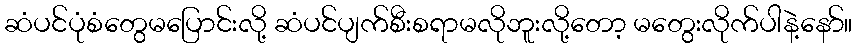
ဆံပင်ပုံစံတွေမပြောင်းလို့ ဆံပင်ပျက်စီးစရာမလိုဘူးလို့တော့ မတွေးလိုက်ပါနဲ့နော်။